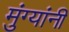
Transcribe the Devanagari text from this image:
मुंग्यांनी